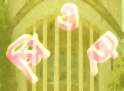
সিওই